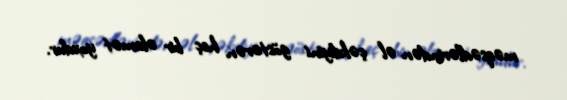
məqsədlərindən əl çəkdiyini göstərən heç bir əlamət yoxdur.